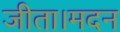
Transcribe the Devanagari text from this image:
जीता।मदन